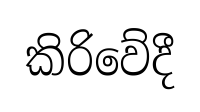
කිරිවේදී